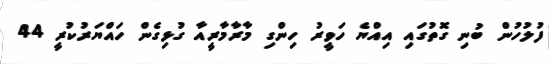
ފުލުހުން ބުނި ގޮތުގައި އިއްޔެ ހަވީރު ހިންގި މާރާމާރީއާ ގުޅިގެން ހައްޔަރުކުރީ 44